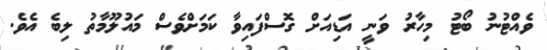
ވެއްޓުނު ބޯޓު މިހާރު ވަނީ އަޑިއަށް ގޮސްފައިވާ ކަމަށްވެސް މައުލޫމާތު ލިބެ އެވެ.